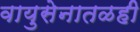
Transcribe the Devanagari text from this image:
वायुसेनातळही